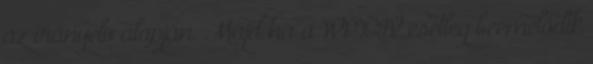
az irányelv alapján. Majd ha a WP:CIV esetleg beemelődik